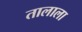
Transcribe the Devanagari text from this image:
तालाला